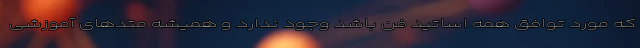
که مورد توافق همه اساتید فن باشد وجود ندارد و همیشه متدهای آموزشی